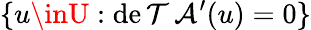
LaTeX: \{ u\inU:\operatorname*{de\mathcal{T}}\mathcal{{A}}^{\prime}(u)=0\}